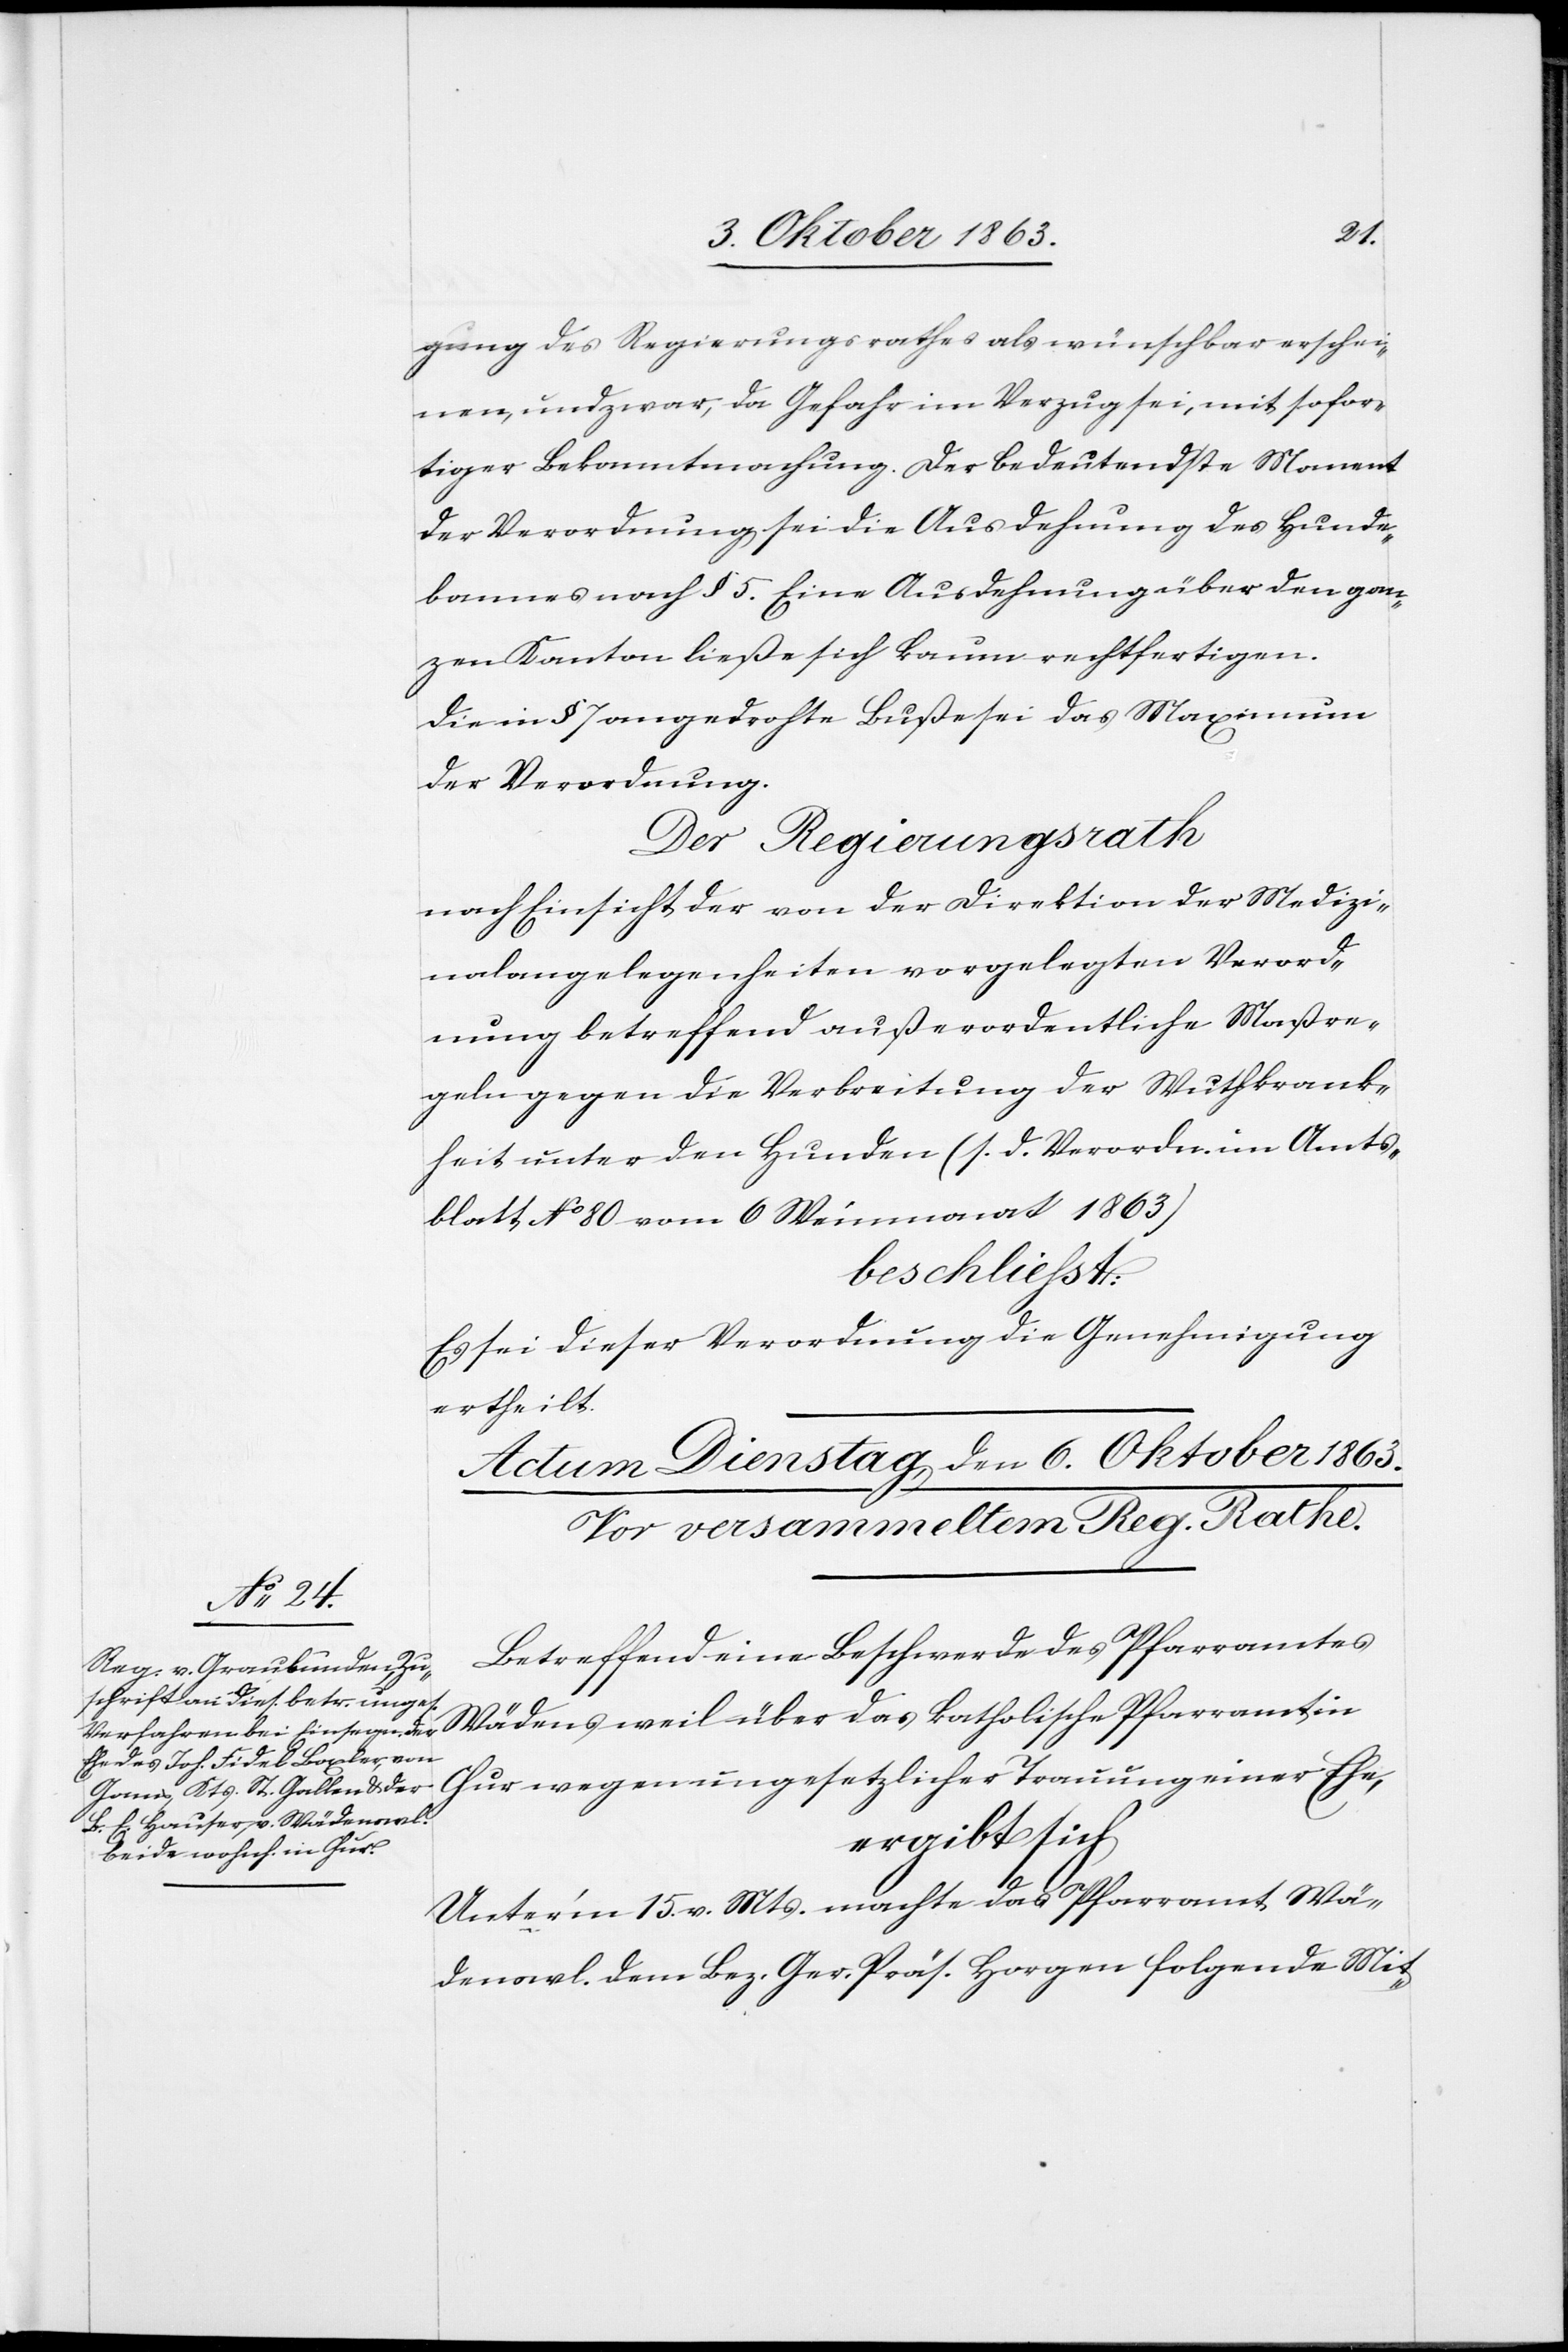
gung des Regierungsrathes als wünschbar erschei¬
nen, und zwar, da Gefahr im Verzug sei, mit sofor¬
tiger Bekanntmachung. Der bedeutendste Moment
der Verordnung sei die Ausdehnung des Hunde¬
bannes nach § 5. Eine Ausdehnung über den gan¬
zen Kanton ließe sich kaum rechtfertigen.
Die in § 7 angedrohte Buße sei das Maximum
der Verordnung.
Der Regierungsrath
nach Einsicht der von der Direktion der Medizi¬
nalangelegenheiten vorgelegten Verord¬
nung betreffend außerordentliche Maßre¬
geln gegen die Verbreitung der Wuthkrank¬
heit unter den Hunden (s. d. Verordn. im Amts¬
blatt No 80 vom 6 Weinmonat 1863)
beschliesst:
Es sei dieser Verordnung die Genehmigung
ertheilt.
Betreffend eine Beschwerde des Pfarramtes
Wädensweil über das katholische Pfarramt in
Chur wegen ungesetzlicher Trauung einer Ehe,
ergibt sich
Unter'm 15. v. Mts. machte das Pfarramt Wä¬
denswl. dem Bez. Ger. Präs. Horgen folgende Mit-